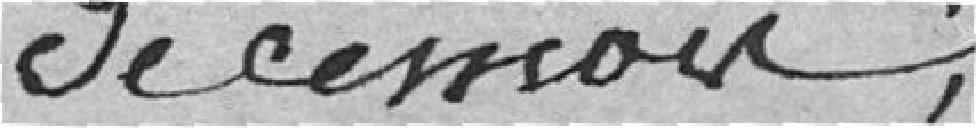
de ce mois.